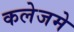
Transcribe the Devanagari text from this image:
कलेजमे